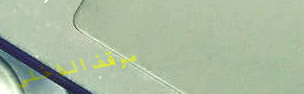
موقف الداخلي